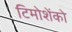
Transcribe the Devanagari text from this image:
टिमोशेंको